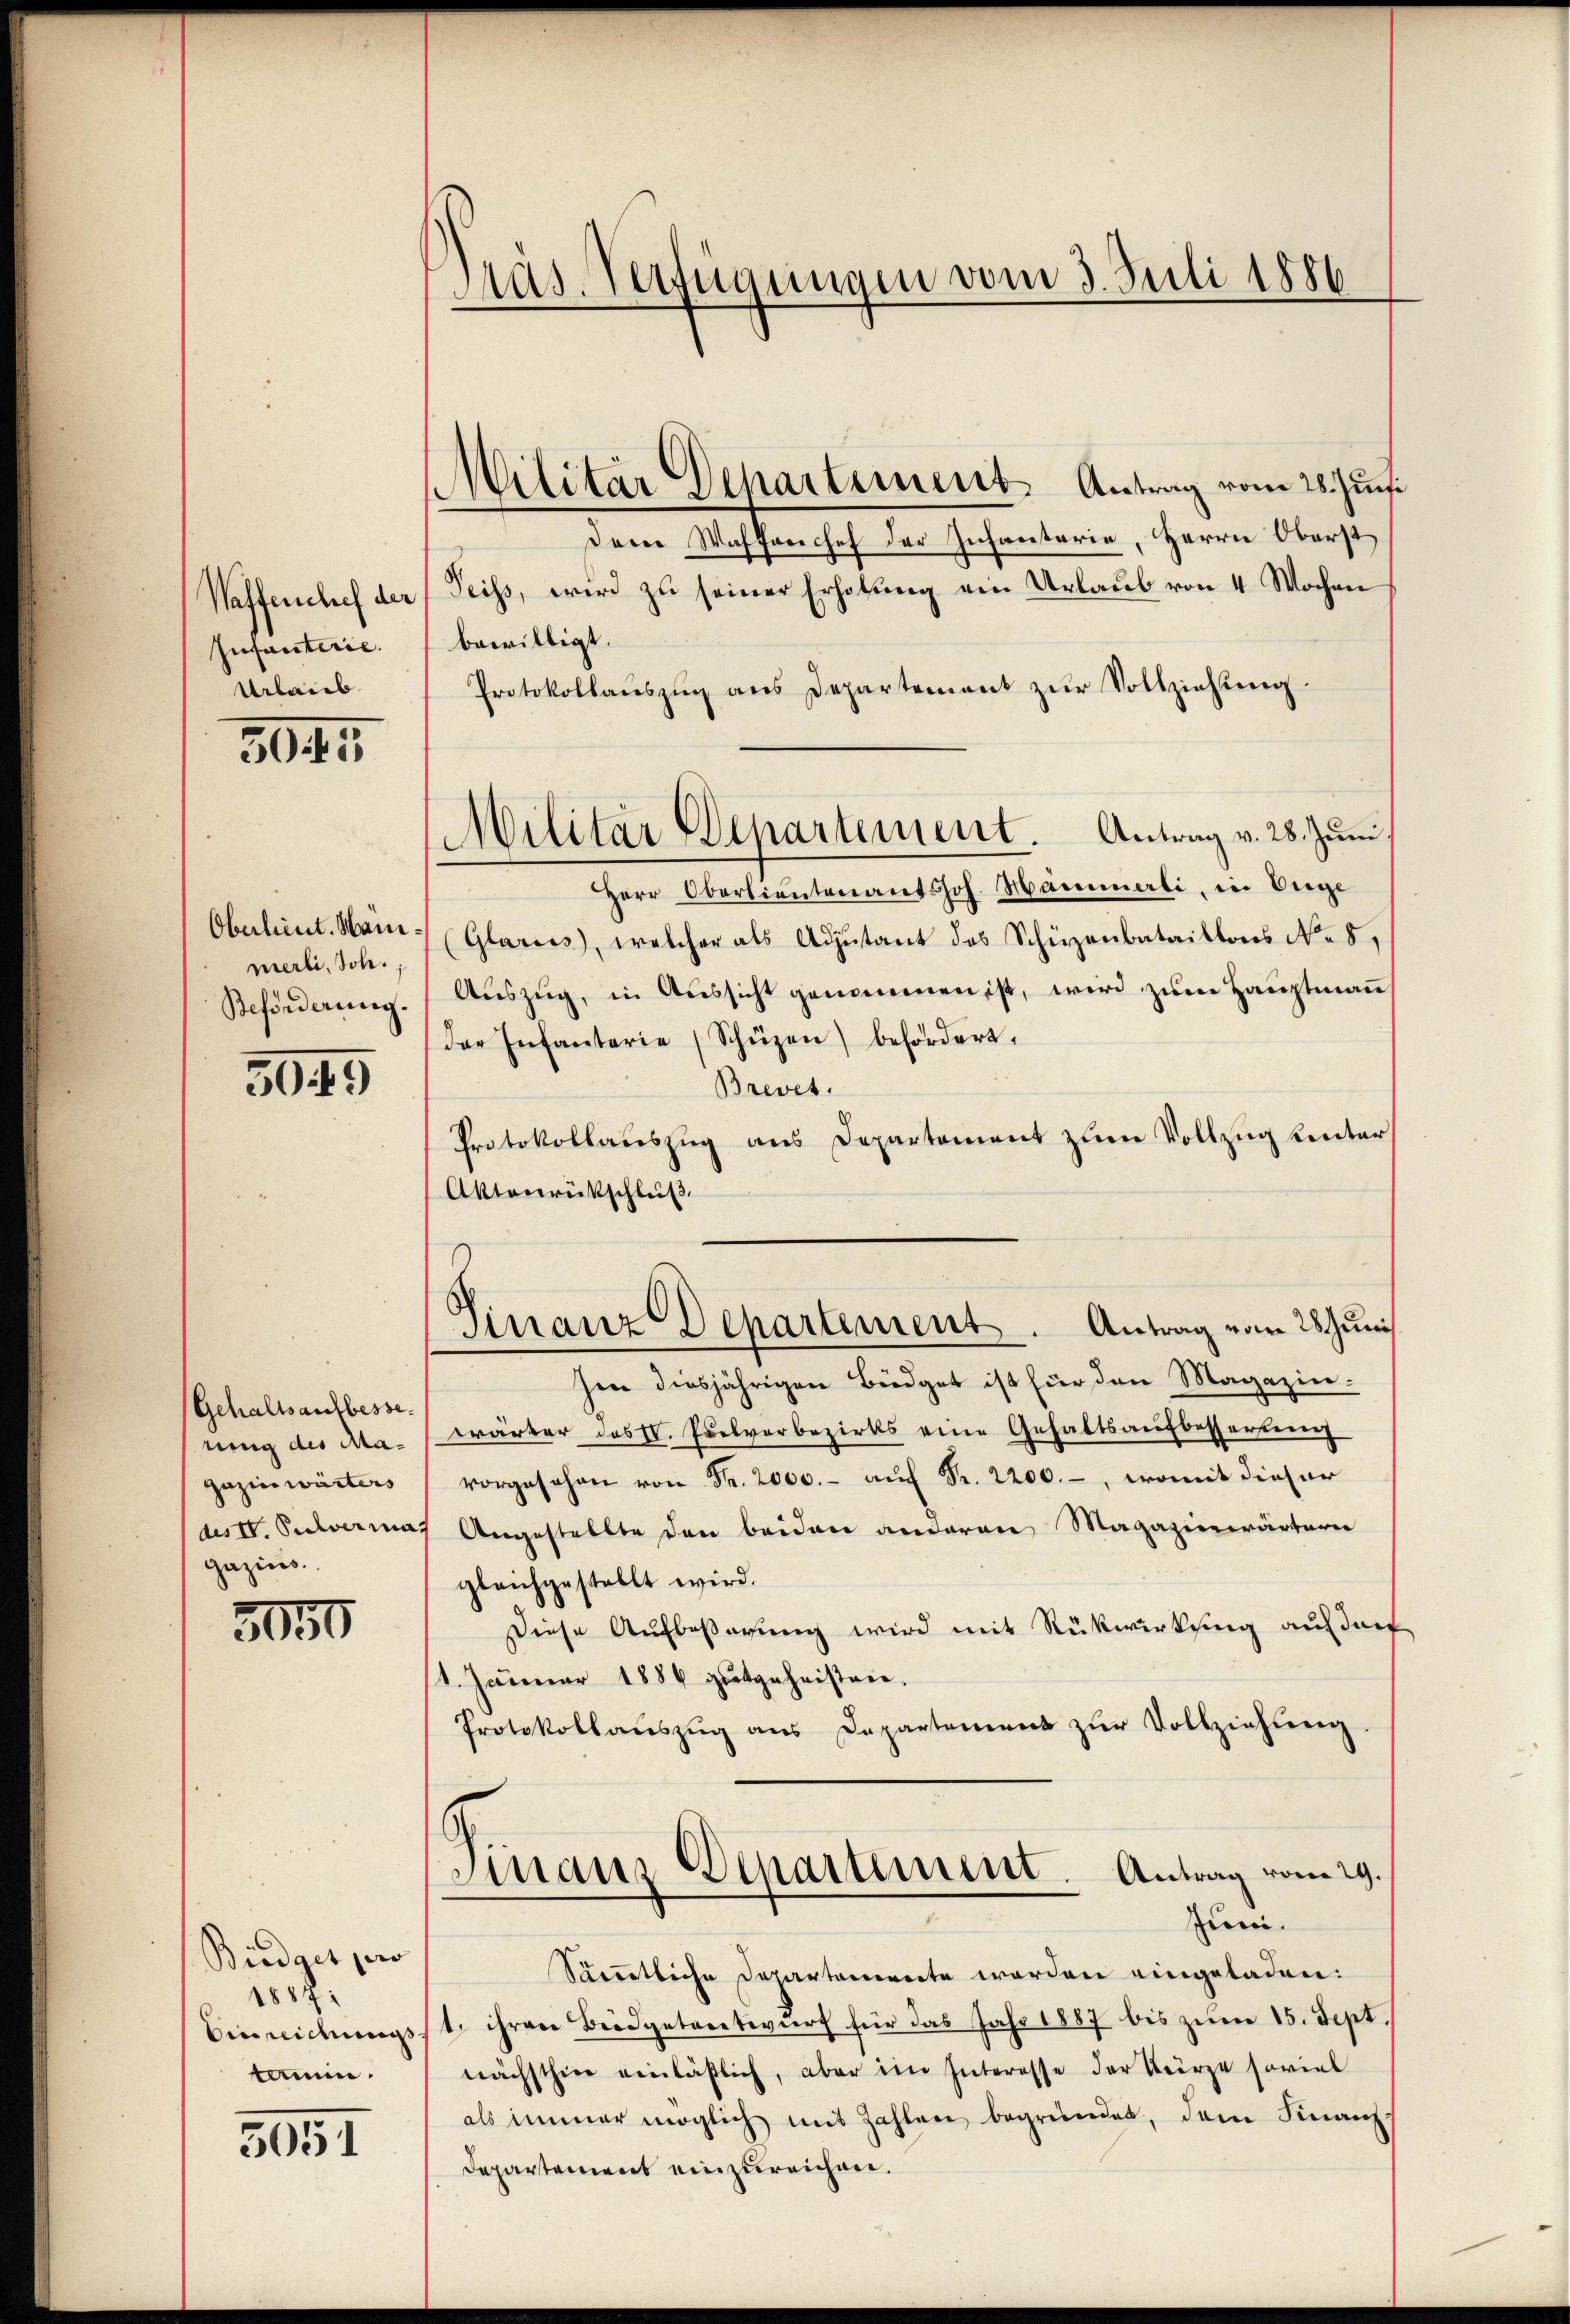
Waffenchef der
Infanterie.
Urlaub

3045

Oberlieut. Manmerli, Joh.
Beförderung.

5045

Gehaltsaufbesserung des Magazinwärters
des IV. Pulverma
gazins.

3050

Biedget pro
1887
Einreichungs
tamin.

5051

Pras. Verfügungen vom 3. Juli 1886

Militär Departement Antrag vom 28. Juni
Dem Wafferchef der Infanterie, Herrn Oberst
Seiss, wird zu seiner Erholung ein Urlaub von 4 Wochen
bewilligt.
Protokollaŭszŭg ans Departement zŭr Vollziehŭng.
Herr Oberlieutenants Joh. Hammerli, in Unge
(Glarus, welcher als Adjutant des Schüzenbataillons No 5.
Auszug, in Aussicht genommen ist, wird zum Hauptmann,
der Infantarie (Schüzen) befördert,
Brevet.
Protokollauszug aus Departement zum Vollzug unter
Aktenrückschluß
Finanze Departement. Antrag vom 28 Junis
hen diesjährigen Büdget ist für den Magazinwärter das II. Puelvorbezirks eine Gehaltsaufbesserten
vorgesehen von Fr. 2000.- aŭf Fr. 2200.-, womit dieser
7 Angestellte den beiden anderen Magazierwärtere
gleichgestellt wird.
Diese Aufbeßerung wird mit Rückwirkung auf darf
1. Jänner 1886 gutgeheisten.
Protokollaŭszŭg ans Departement zŭr Vollziehŭng.
Finanz-Departement. Antrag vom 29.
Juni.
Särestliche Departoniert worden eingeladen:
1. ihren Beidetentwŭrf für das Jahr 1887 bis zŭm 15. Sept.
nächsthier einläßlich, aber ein Interesse der Kürze soviel
als immer möglich mit Zahlen begründet, dem Finanz-
Departement einzureichen.

Militar Departement. Antrag v. 28. Juni